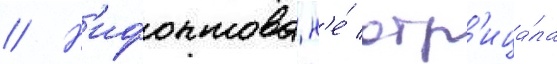
// Н'ифонтова н'е́ отр'ица́ла